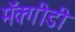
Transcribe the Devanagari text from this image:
मॅक्गीडी